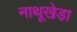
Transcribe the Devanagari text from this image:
नाथूखेड़ा